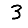
Digit: 3